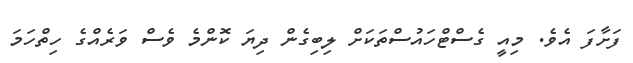
ފަށާފަ އެވެ. މިއީ ގެސްޓްހައުސްތަކަށް ލިބިގެން ދިޔަ ކޮންމެ ވެސް ވަރެއްގެ ހިތްހަމަ